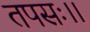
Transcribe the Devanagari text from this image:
तपसः।।